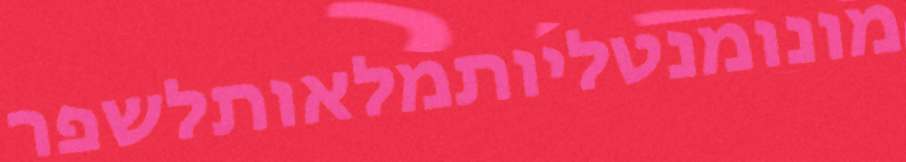
מונומנטליותמלאותלשפר